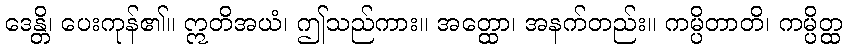
ဒေန္တိ၊ ပေးကုန်၏။ ဣတိအယံ၊ ဤသည်ကား။ အတ္ထော၊ အနက်တည်း။ ကမ္ပိတာတိ၊ ကမ္ပိတ္ထ